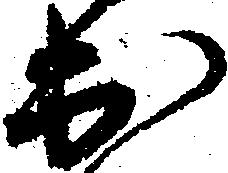
出